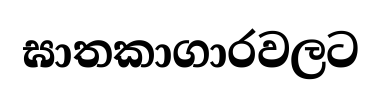
ඝාතකාගාරවලට